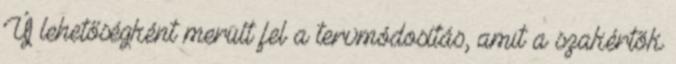
Új lehetőségként merült fel a tervmódosítás, amit a szakértõk